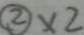
\textcircled { 2 } \times 2